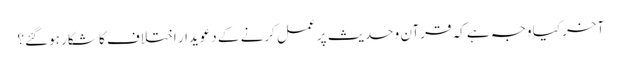
آخر کیا وجہ ہے کہ قرآن و حدیث پر عمل کرنے کے دعویدار اختلاف کا شکار ہوگئے؟